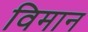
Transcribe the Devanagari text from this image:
विमान